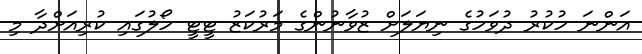
އަންނަ ހުކުރު ދުވަހުގެ ނިޔަލަށް ޒުވާނުންގެ މަރުކަޒު ޓީޓީ ހޯލުގައި ކުރިއަށްދާ މި